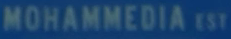
MOHAMMEDIA%20EST